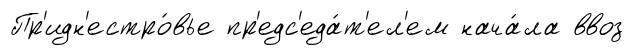
Пр'идн'естро́вье пр'едс'еда́т'ел'ем нача́ла ввоз